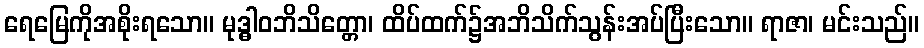
ရေမြေကိုအစိုးရသော။ မုဒ္ဓါဝဘိသိတ္တော၊ ထိပ်ထက်၌အဘိသိက်သွန်းအပ်ပြီးသော။ ရာဇာ၊ မင်းသည်။